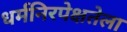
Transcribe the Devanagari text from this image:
धर्मनिरपेक्षतेला